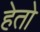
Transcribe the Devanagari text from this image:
हेतो